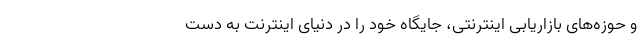
و حوزه‌های بازاریابی اینترنتی، جایگاه خود را در دنیای اینترنت به دست